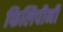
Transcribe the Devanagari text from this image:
फिलिपीनी